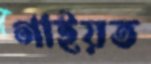
গাইয়ত